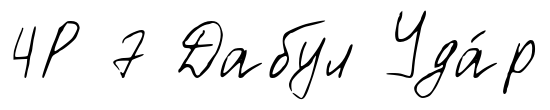
4Р 7 Дабул Уда́р